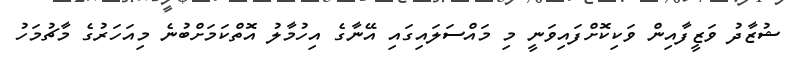
ޝުޒާދު ވަޒީފާއިން ވަކިކޮށްފައިވަނީ މި މައްސަލައިގައި އޭނާގެ އިހުމާލު އޮތްކަމަށްބުނެ މިއަހަރުގެ މާޗުމަހު